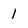
Character: 1